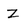
Character: Z